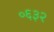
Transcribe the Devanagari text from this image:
०६३२